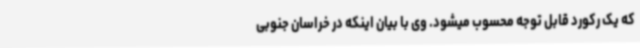
که یک رکورد قابل توجه محسوب میشود. وی با بیان اینکه در خراسان جنوبی